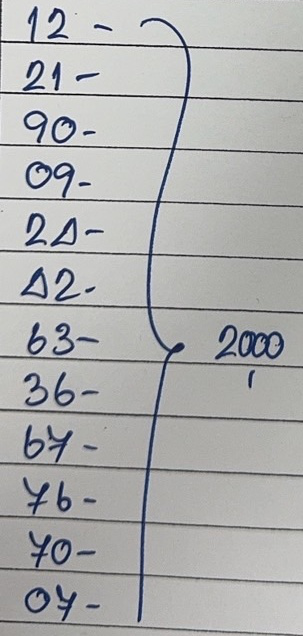
12 - 2,000
21 - 2,000
90 - 2,000
09 - 2,000
24 - 2,000
42 - 2,000
63 - 2,000
36 - 2,000
67 - 2,000
76 - 2,000
70 - 2,000
07 - 2,000